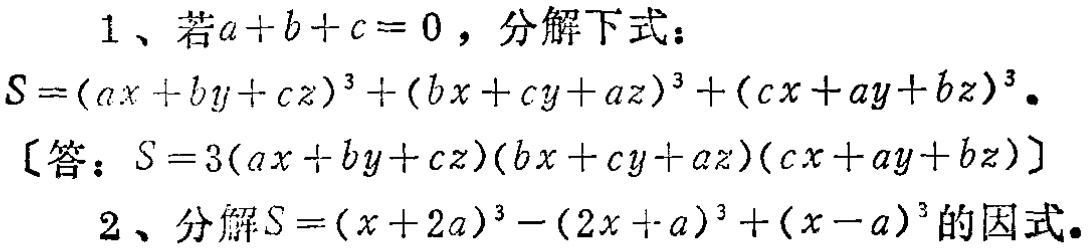
1、若\(a + b + c = 0\)，分解下式：

\(S=(ax + by + cz)^{3}+(bx + cy + az)^{3}+(cx + ay + bz)^{3}\)。

〔答：\(S = 3(ax + by + cz)(bx + cy + az)(cx + ay + bz)\)〕

2、分解\(S=(x + 2a)^{3}-(2x + a)^{3}+(x - a)^{3}\)的因式。